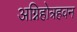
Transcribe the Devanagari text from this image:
अग्निहोत्रहवन